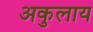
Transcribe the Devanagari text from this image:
अकुलाय